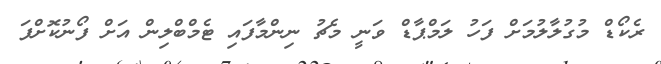
ރެކޯޑް މުގުލާލުމަށް ފަހު ލަމްޕާޑް ވަނީ މެޗު ނިންމާފައި ޓެމްބްލިން އަށް ފޯނުކޮށްފަ